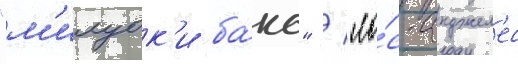
"м'илуок'и ба́кс" / "ло́с-анджел'ес